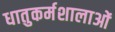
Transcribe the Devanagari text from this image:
धातुकर्मशालाओं